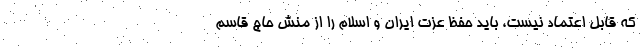
که قابل اعتماد نیست، باید حفظ عزت ایران و اسلام را از منش حاج قاسم